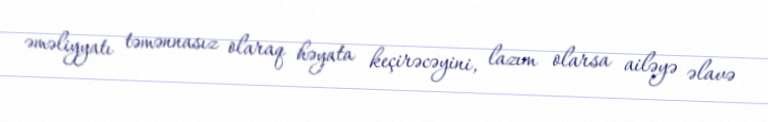
əməliyyatı təmənnasız olaraq həyata keçirəcəyini, lazım olarsa ailəyə əlavə